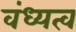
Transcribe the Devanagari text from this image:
वंध्यत्व